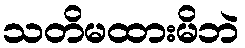
သတိမထားမိဘဲ